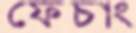
ফেচাং